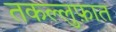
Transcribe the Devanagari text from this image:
तकल्लुफ़ात